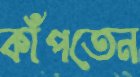
কাঁপতেন